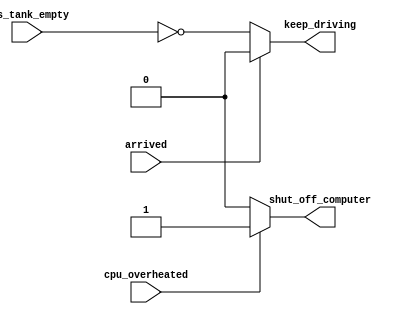
module top_module (
    input      cpu_overheated,
    output reg shut_off_computer,
    input      arrived,
    input      gas_tank_empty,
    output reg keep_driving
);

always @(*)
    if (cpu_overheated) shut_off_computer = 1;
    else shut_off_computer = 0;
always @(*)
    if (~arrived) keep_driving = ~gas_tank_empty;
    else keep_driving = 0;

endmodule